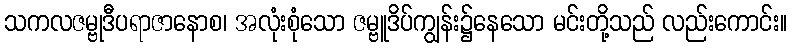
သကလဇမ္ဗုဒီပရာဇာနောစ၊ အလုံးစုံသော ဇမ္ဗူဒိပ်ကျွန်း၌နေသော မင်းတို့သည် လည်းကောင်း။